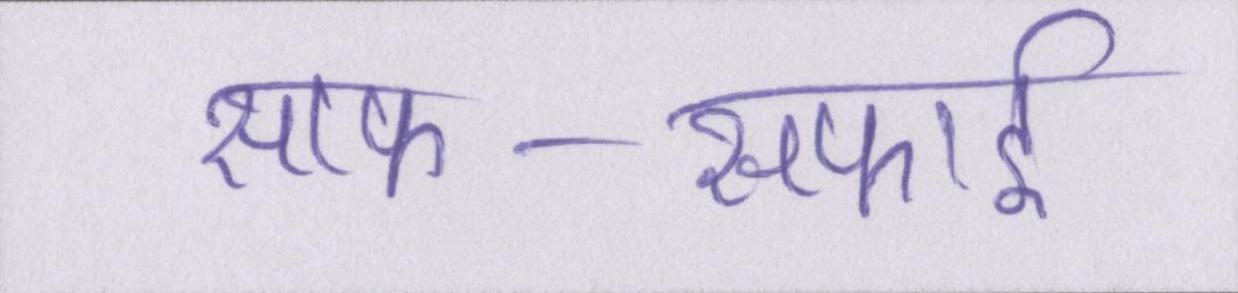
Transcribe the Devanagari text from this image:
साफ-सफाई